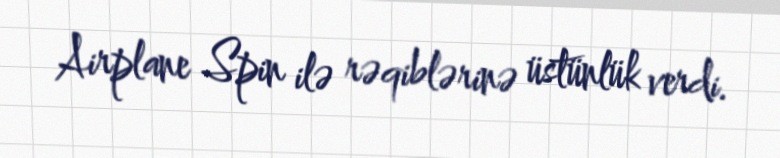
Airplane Spin ilə rəqiblərinə üstünlük verdi.